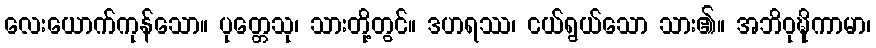
လေးယောက်ကုန်သော။ ပုတ္တေသု၊ သားတို့တွင်။ ဒဟရဿ၊ ငယ်ရွယ်သော သား၏။ အဘိဝုဍ္ဎိကာမာ၊